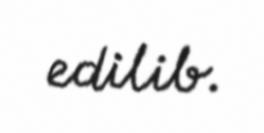
edilib.